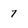
Character: 7